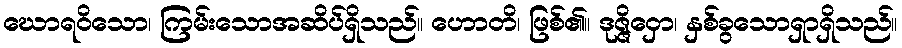
ဃောရဝိသော၊ ကြမ်းသောအဆိပ်ရှိသည်။ ဟောတိ၊ ဖြစ်၏။ ဒုဇ္ဇိဝှော၊ နှစ်ခွသောရှာရှိသည်။